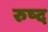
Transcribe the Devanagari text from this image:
रुष्द